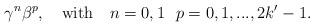
LaTeX: \begin{align*}\gamma^n \beta^p,~~~{\rm with}~~~n=0,1~~p=0,1,...,2k'-1.\end{align*}